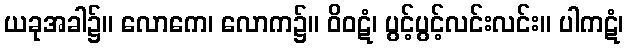
ယခုအခါ၌။ လောကေ၊ လောက၌။ ဝိဝဋံ၊ ပွင့်ပွင့်လင်းလင်း။ ပါကဋံ၊